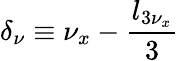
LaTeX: \delta_{\nu}\equiv\nu_{x}-\frac{l_{3\nu_{x}}}{3}